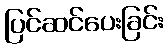
ပြင်ဆင်ပေးခြင်း